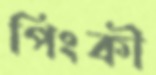
পিংকী